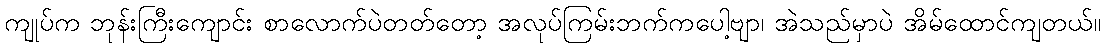
ကျုပ်က ဘုန်းကြီးကျောင်း စာလောက်ပဲတတ်တော့ အလုပ်ကြမ်းဘက်ကပေါ့ဗျာ၊ အဲသည်မှာပဲ အိမ်ထောင်ကျတယ်။